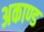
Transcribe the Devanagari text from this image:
अकाण्ड